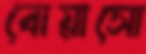
বোয়াসো